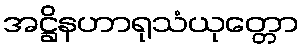
အဋ္ဌိနဟာရုသံယုတ္တော